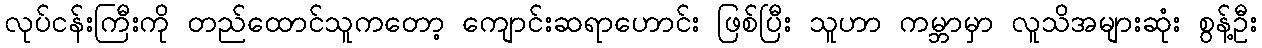
လုပ်ငန်းကြီးကို တည်ထောင်သူကတော့ ကျောင်းဆရာဟောင်း ဖြစ်ပြီး သူဟာ ကမ္ဘာမှာ လူသိအများဆုံး စွန့်ဦး